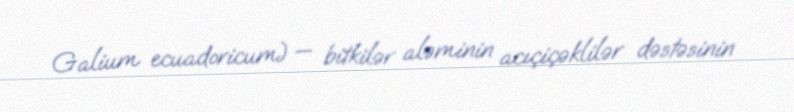
Galium ecuadoricum) — bitkilər aləminin acıçiçəklilər dəstəsinin